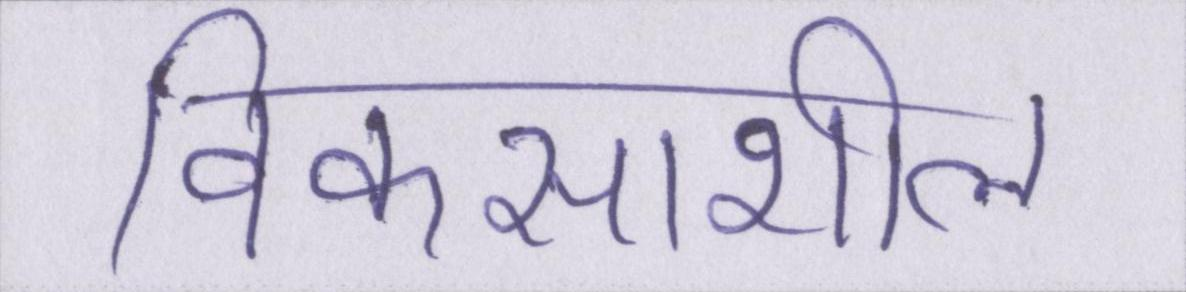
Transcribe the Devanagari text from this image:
विकसाशील